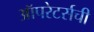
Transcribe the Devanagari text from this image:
ऑपरेटर्सची